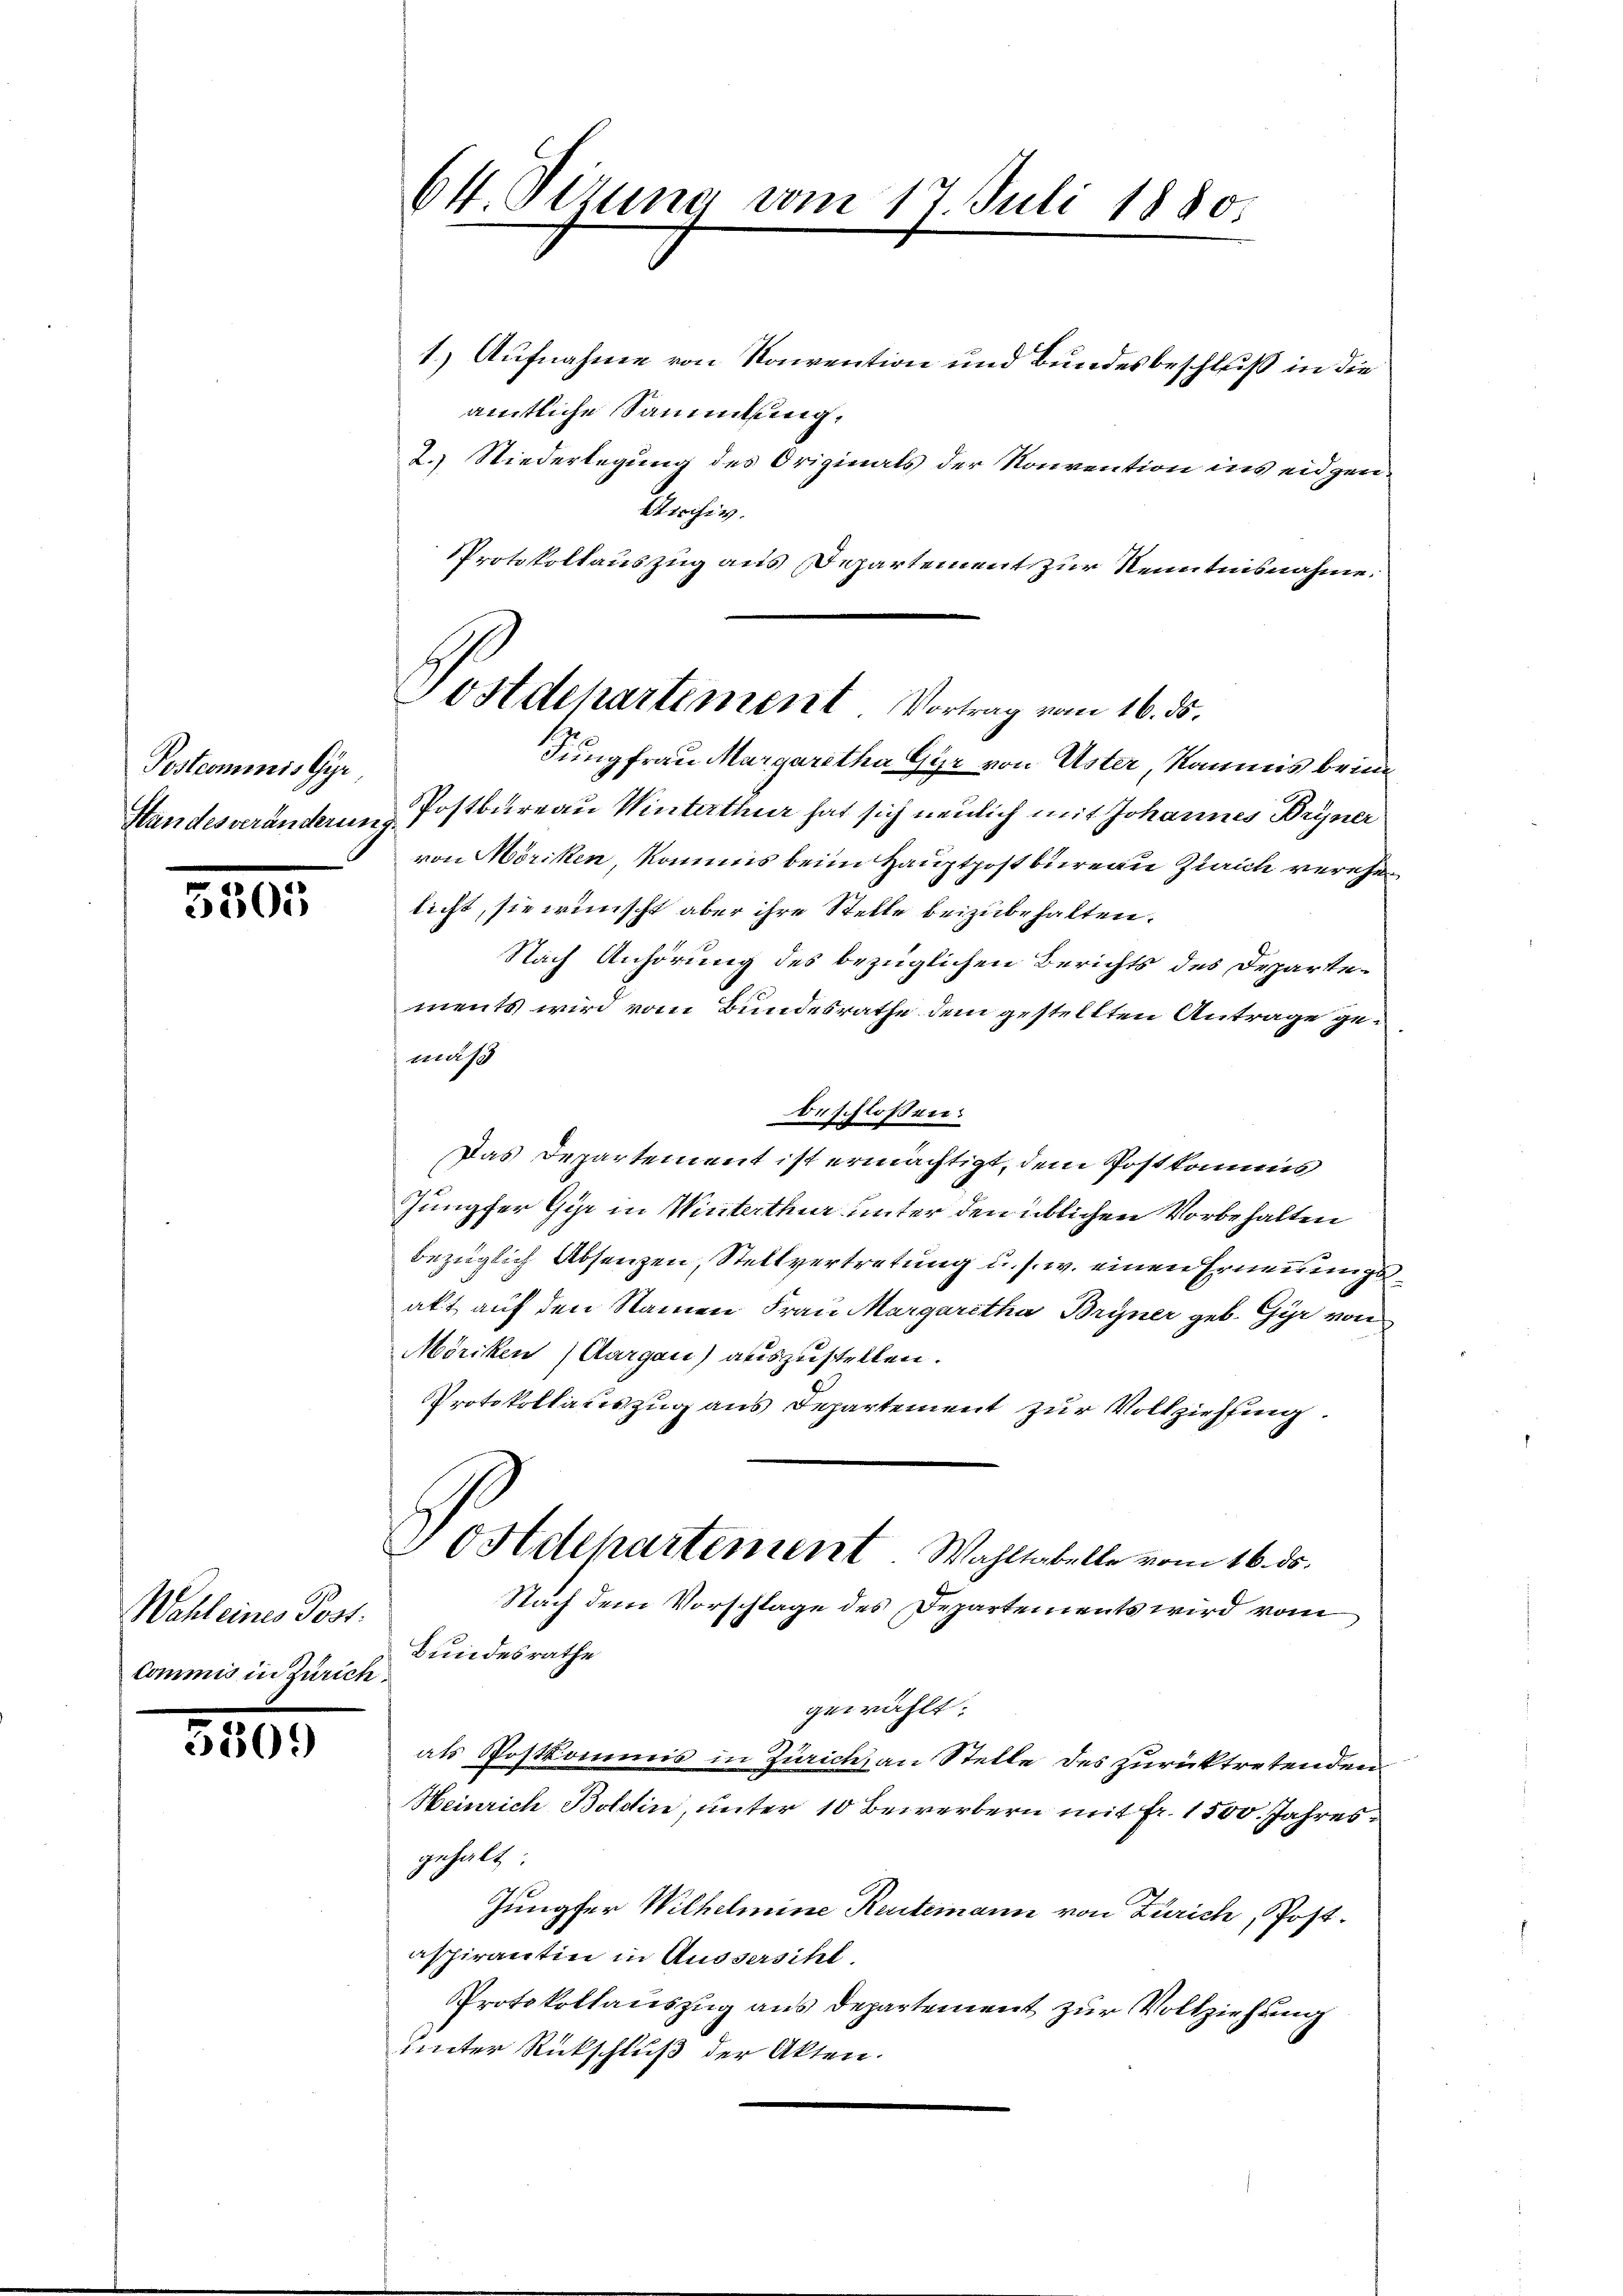
Postcommis Gyr
Standesveränderung.

5505

Wehleines Post.
Commis in Zürich.

5309

1.) Aufnahme von Konvention und Bundesbeschluß in die
amtliche Sammlung,
2. Niederlegung des Originals der Konvention ins eidgen.
Kirchiv.
Protokollauszug aus Departement zur Kenntnisnahme.
von Möriken, kommis beim Hauptpostbureau Zürich verehelicht, sie wünscht aber ihre Stelle beizubehalten.
Nach Anhörung des bezüglichen Berichts des Departements wird vom Bundesrathe dem gestellten Antrage gemäß
beschlossen:
Das Departement ist ermächtigt, dem Postkommis
Jungfer Gyr in Winterthur unter den üblichen Vorbehalten
bezüglich Absenzen, Stellvertretung u. s. w. einen Ernennungs
akt auf den Namen Frau Margaretha Bryner geb. Gyr von
Möriken (Aargau) auszustellen.
Protokollauszug aus Departement zur Vollziehung.
Dostdepartement Wahltabelle vom 16. ds.
Nach dem Vorschlage des Departements wird vom
Bundesrathe
gewählt:
als Postkommis in Zürich, an Stelle des zurücktretenden
Heinrich Boldin, unter 10 Bewerbern mit Fr. 1500. Jahresgehalt
Jungfer Wilhelmine Ruitemann von Zürich, Postaspirantin in Aussersihl
Protokollauszug aus Departement zur Vollziehung
unter Rückschluß der Akten.

64. Sizung vom 17. Juli 1880.

Postdepartement Vortrag vom 16. 5.
Jungfrau Margaretha Gyr von Uster, Kommis brin
Postbureau Winterthur hat sich neulich mit Johannes Bryner